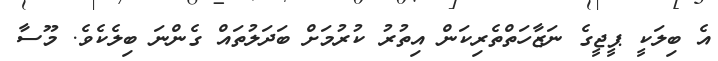
އެ ބިލަކީ ޕީޖީގެ ނަޒާހަތްތެރިކަން އިތުރު ކުރުމަށް ބަދަލުތައް ގެންނަ ބިލެކެވެ. މޫސާ